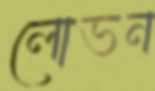
লোভন